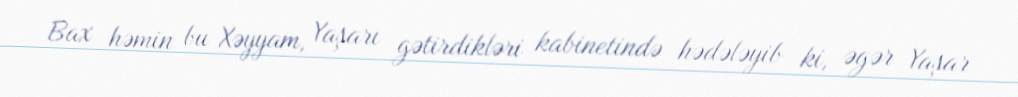
Bax həmin bu Xəyyam, Yaşarı gətirdikləri kabinetində hədələyib ki, əgər Yaşar